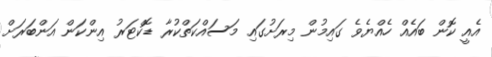
އެއީ ކޮން ބައެއް ހެއްޔެވެ ގައިމުން މިރަށުގައި މަސައްކަތްކުރާ ޑޮކްޓަރު އިންކަން އަންބަރަށް